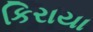
કિરાયા